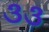
૩૩